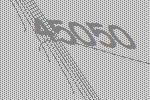
45050